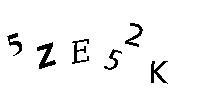
5ZE52K